Scottish Leaving Certificate Examination, 1958
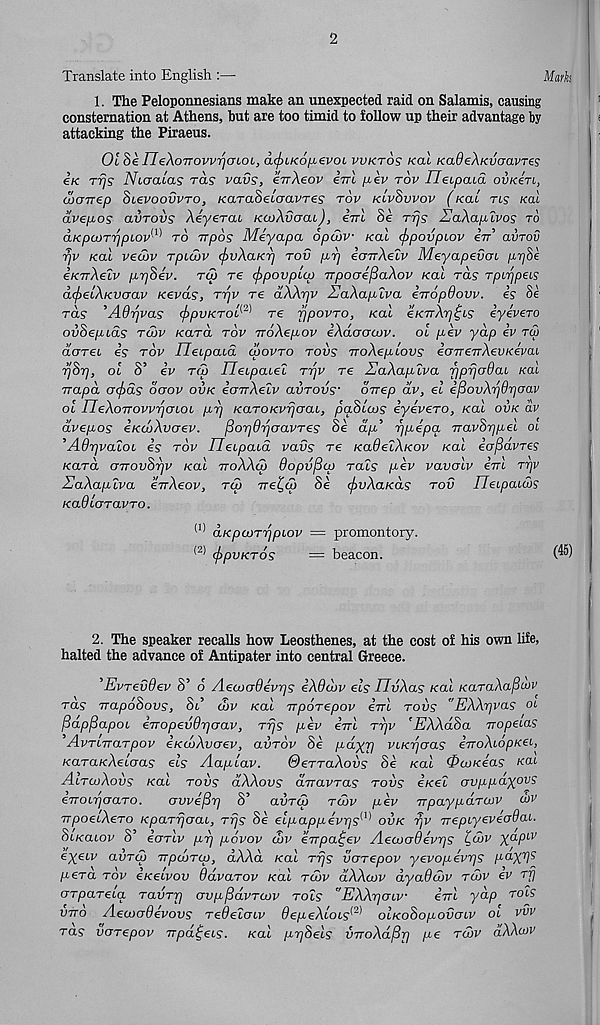
2
Translate into English :—
Marks
1. The Peloponnesians make an unexpected raid on Salamis, causing
consternation at Athens, but are too timid to follow up their advantage by
attacking the Piraeus.
01 he IleXoTrovvrjOLOi, acfnKo^zvoi vvktos Kal KadeAKvcravres
in rrjs Niaacas ras vans', eVAeov cm jaev rov ITeipcua ovkcti,
warrep Sievoovvro, KaraSetaavres tov klvSvvov (/cat rts Kal
avepos avrovs Aeyerat KOoAvcjai), irrl Se Trjs EaAaplvos to
aKpaiTr/pLOv 1^ to Trpos Meyapa 6pu>v Kal cftpovpiov err’ avrov
rjv Kal vewv TpLcov (ftvAaKrj tov pr] ecmAeZv Meyapevcn pri$e
e/CTrAetv prjSev. tlo re cfipovpttp irpoae^aAov Kal ras rpt^pet?
acfielAKvaav Kevds, Trjv re dAArjv UaAaplva iiropdovv. es Se
ras ’Adr/vas <f>pvKToi^ re rjpovTO, Kal e/CTrAr^ts iyevero
ovSepids tcjv /caret tov rroAepov iAdaawv. ol pev yap iv tw
daTec is tov Uetpata cnovro tovs TroAeplovs ioireTrAevKeyaL
yjSrj, ol S’ iv to) iTetpatet tt]v re SaXaplva fjprjadaL Kai
rrapd a<f>ds daov ovk iairAeZv aiiTovs' OTrep av, el ifiovArjdrjtmv
ol TleXoTTOvvijaLOL prj /caro/cviycrat, /oaSta/s eyevero, /cat ovk av
dvepos e/ca/Aucrev.
fiorjOrjoavTes Se a/x’ rjpepa TTavSrjpeL ol
'AOrjvaloL is tov IleLpaLa vans re /ca^etA/cov /cat iofiavTes
/cara crTronS^v /cat ttgAAo) dopv^cp rats pev vavalv im ttjv
SaXaplva eirAeov, tw Tret,(p Se cf)vXaKas tov iTetpata/s
KaOloTavTo.
(1> aKpcoTTipLov = promontory.
(2) (ftpvKTOS
— beacon.
(45)
2. The speaker recalls how Leosthenes, at the cost of his own life,
halted the advance of Antipater into central Greece.
’EvTevdev S’ o AecoaOevqs iXOdov els ITvAas Kal KaTaXaj3u)V
Tas rrapoSovs, St’ cnv Kal -npoTepov irrl tovs "EXXrjvas ot
fidppapoL eTTopevOrjaav, Trjs pev errl ttjv ’EXXdSa rropeLas
’AvTLiraTpov iKcvXvaev, avTov Se pdyrj vt/CTjcras irroALopKeL,
KaTaKXeiaas Els Aaplav.
SeTTaXovs Se Kal 0toKeas kol
AItcoXovs Kal tovs dXXovs aVavTas tovs e’/cet avppdyovs
eTTOLrjaaTO.
avvefir] S’ aiiTcp tcov pev TrpaypaTOJV u>v
TTpoeiXeTo KpaTrjaaL, Trjs Se elpappevrjS 1 ' 1^ ovk rjv rrepiyeveadai.
St/catov S’ ioTlv pr] povov cbv eirpaijev AecvaOevrjs ld>v X a P lv
eyetv aiiTai TrpdoTU), dXXd Kal Trjs voTepov yevopevrjs P-aX^
peTa tov iKelvov OdvaTov Kal tcov dXXcov dyaOcov tcov ev Tjj
(TTpaTecq TavTrj avp^dvTcov tols "EXAtjolv
irrl yap tols
vtto Aecoadevovs Tedelouv OepeXcoLs^ oIkoSopovolv ol vvv
Tas voTepov vpaijeLS. Kal p7]8els VTroXd^r] pe tcov dXXcov